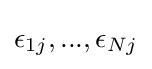
\epsilon _{1j},...,\epsilon _{Nj}